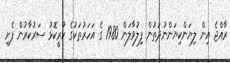
ރާއްޖެ އިން ލިޔަންކިޔަންނުދަތުން ފިލުވާލަން 1980 ގެ އަހަރުތަކުގެ ކުރީކޮޅު ސަރުކާރުން ފެށި